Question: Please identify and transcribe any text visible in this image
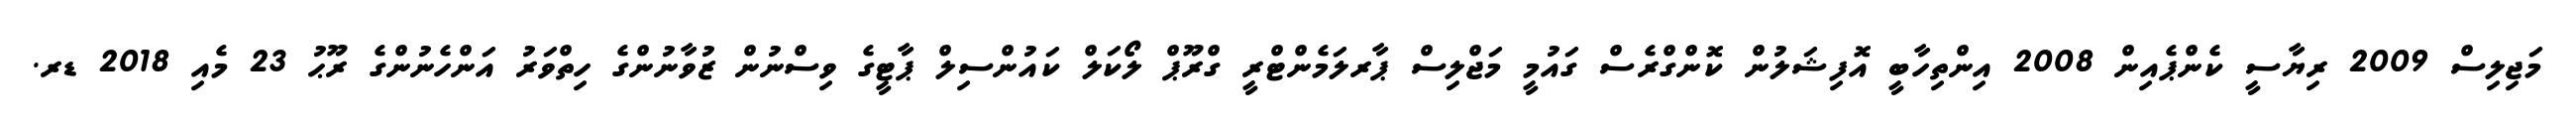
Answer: މަޖިލިސް 2009 ރިޔާސީ ކެންޕެއިން 2008 އިންތިހާބީ އޮފިޝަލުން ކޮންގްރެސް ގައުމީ މަޖްލިސް ޕާރލަމެންޓްރީ ގްރޫޕް ލޯކަލް ކައުންސިލް ޕާޓީގެ ވިސްނުން ޒުވާނުންގެ ހިތްވަރު އަންހެނުންގެ ރޫޙު 23 މެއި 2018 ޑރ.